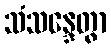
သံသန္ဒေတွာ